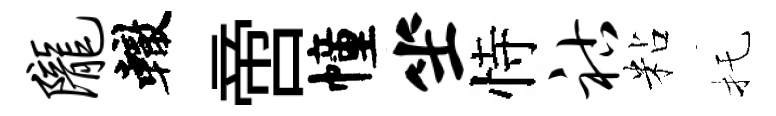
陇轍啻幢坐恃祜粘托